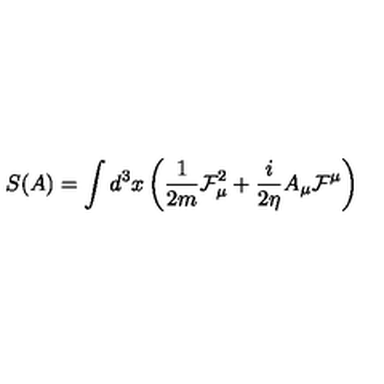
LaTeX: S ( A ) = \int d ^ { 3 } x \left( \frac { 1 } { 2 m } \mathcal { F } _ { \mu } ^ { 2 } + \frac { i } { 2 \eta } A _ { \mu } \mathcal { F } ^ { \mu } \right)